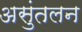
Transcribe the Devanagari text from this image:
असुंतलन